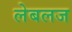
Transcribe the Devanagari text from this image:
लेबलज